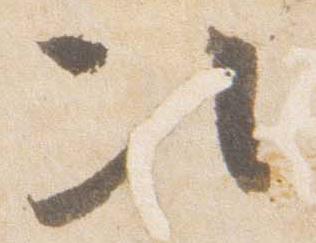
次